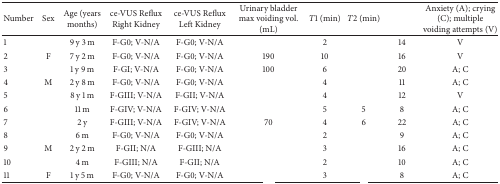
<table><thead><tr><td><b>Number</b></td><td><b>Sex</b></td><td><b>Age (years months)</b></td><td><b>ce-VUS Reflux Right Kidney</b></td><td><b>ce-VUS Reflux Left Kidney</b></td><td><b>Urinary bladder max voiding vol. (mL)</b></td><td><b><i>T</i>1 (min)</b></td><td><b><i>T</i>2 (min)</b></td><td>[EMPTY_CELL]</td><td><b>Anxiety (A); crying (C); multiple voiding attempts (V)</b></td></tr></thead><tbody><tr><td>1</td><td>[EMPTY_CELL]</td><td>9 y 3 m</td><td>F-G0; V-N/A</td><td>F-G0; V-N/A</td><td>[EMPTY_CELL]</td><td>2</td><td>[EMPTY_CELL]</td><td>14</td><td>V</td></tr><tr><td>2</td><td>F</td><td>7 y 2 m</td><td>F-G0; V-N/A</td><td>F-G0; V-N/A</td><td>190</td><td>10</td><td>[EMPTY_CELL]</td><td>16</td><td>V</td></tr><tr><td>3</td><td>[EMPTY_CELL]</td><td>1 y 9 m</td><td>F-GI; V-N/A</td><td>F-G0; V-N/A</td><td>100</td><td>6</td><td>[EMPTY_CELL]</td><td>20</td><td>A; C</td></tr><tr><td>4</td><td>M</td><td>2 y 8 m</td><td>F-G0; V-N/A</td><td>F-G0; V-N/A</td><td>[EMPTY_CELL]</td><td>4</td><td>[EMPTY_CELL]</td><td>11</td><td>A; C</td></tr><tr><td>5</td><td>[EMPTY_CELL]</td><td>8 y 1 m</td><td>F-GIII; V-N/A</td><td>F-GII; V-N/A</td><td>[EMPTY_CELL]</td><td>4</td><td>[EMPTY_CELL]</td><td>12</td><td>V</td></tr><tr><td>6</td><td>[EMPTY_CELL]</td><td>11 m</td><td>F-GIV; V-N/A</td><td>F-GIV; V-N/A</td><td>[EMPTY_CELL]</td><td>5</td><td>5</td><td>8</td><td>A; C</td></tr><tr><td>7</td><td>[EMPTY_CELL]</td><td>2 y</td><td>F-GIII; V-N/A</td><td>F-GIV; V-N/A</td><td>70</td><td>4</td><td>6</td><td>22</td><td>A; C</td></tr><tr><td>8</td><td>[EMPTY_CELL]</td><td>6 m</td><td>F-G0; V-N/A</td><td>F-G0; V-N/A</td><td>[EMPTY_CELL]</td><td>2</td><td>[EMPTY_CELL]</td><td>9</td><td>A; C</td></tr><tr><td>9</td><td>M</td><td>2 y 2 m</td><td>F-GII; N/A</td><td>F-GIII; N/A</td><td>[EMPTY_CELL]</td><td>3</td><td>[EMPTY_CELL]</td><td>16</td><td>A; C</td></tr><tr><td>10</td><td>[EMPTY_CELL]</td><td>4 m</td><td>F-GIII; N/A</td><td>F-GII; N/A</td><td>[EMPTY_CELL]</td><td>2</td><td>[EMPTY_CELL]</td><td>10</td><td>A; C</td></tr><tr><td>11</td><td>F</td><td>1 y 5 m</td><td>F-G0; V-N/A</td><td>F-G0; V-N/A</td><td>[EMPTY_CELL]</td><td>3</td><td>[EMPTY_CELL]</td><td>8</td><td>A; C</td></tr></tbody></table>